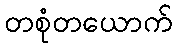
တစုံတယောက်